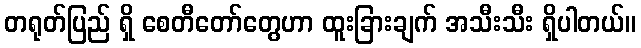
တရုတ်ပြည် ရှိ စေတီတော်တွေဟာ ထူးခြားချက် အသီးသီး ရှိပါတယ်။